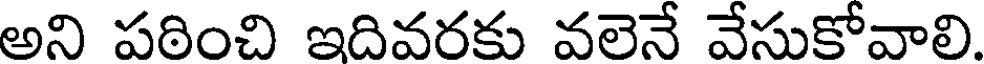
అని పఠించి ఇదివరకు వలెనే వేసుకోవాలి.